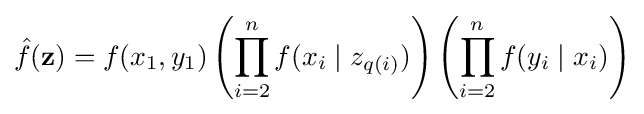
{\hat {f}}(\mathbf {z} )=f(x_{1},y_{1})\left(\prod _{i=2}^{n}f(x_{i}\mid z_{q(i)})\right)\left(\prod _{i=2}^{n}f(y_{i}\mid x_{i})\right)